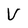
Character: V